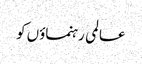
عالمی رہنماؤں کو